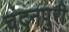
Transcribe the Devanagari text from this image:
चंदनपुरी